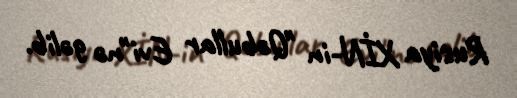
Rusiya XİN-in "Qəbullar Evi"nə gəlib.